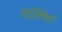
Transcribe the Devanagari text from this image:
वाल्किंग